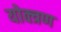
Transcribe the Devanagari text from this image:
योक्त्रण